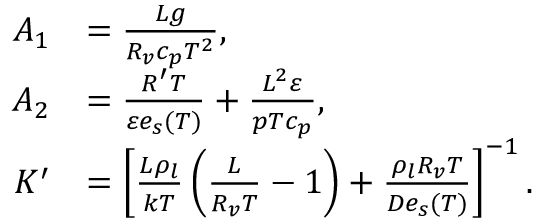
\begin{array} { r l } { A _ { 1 } } & { = \frac { { \cal L } g } { R _ { v } c _ { p } T ^ { 2 } } , } \\ { A _ { 2 } } & { = \frac { R ^ { \prime } T } { \varepsilon e _ { s } ( T ) } + \frac { { \cal L } ^ { 2 } \varepsilon } { p T c _ { p } } , } \\ { K ^ { \prime } } & { = \left[ \frac { { \cal L } \rho _ { l } } { k T } \left( \frac { \cal L } { R _ { v } T } - 1 \right) + \frac { \rho _ { l } R _ { v } T } { D e _ { s } ( T ) } \right] ^ { - 1 } . } \end{array}